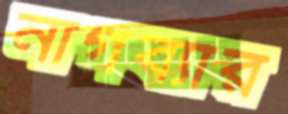
নাগব্যার